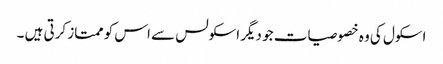
اسکول کی وہ خصوصیات جو دیگر اسکولس سے اس کو ممتاز کرتی ہیں ۔